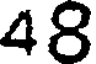
48